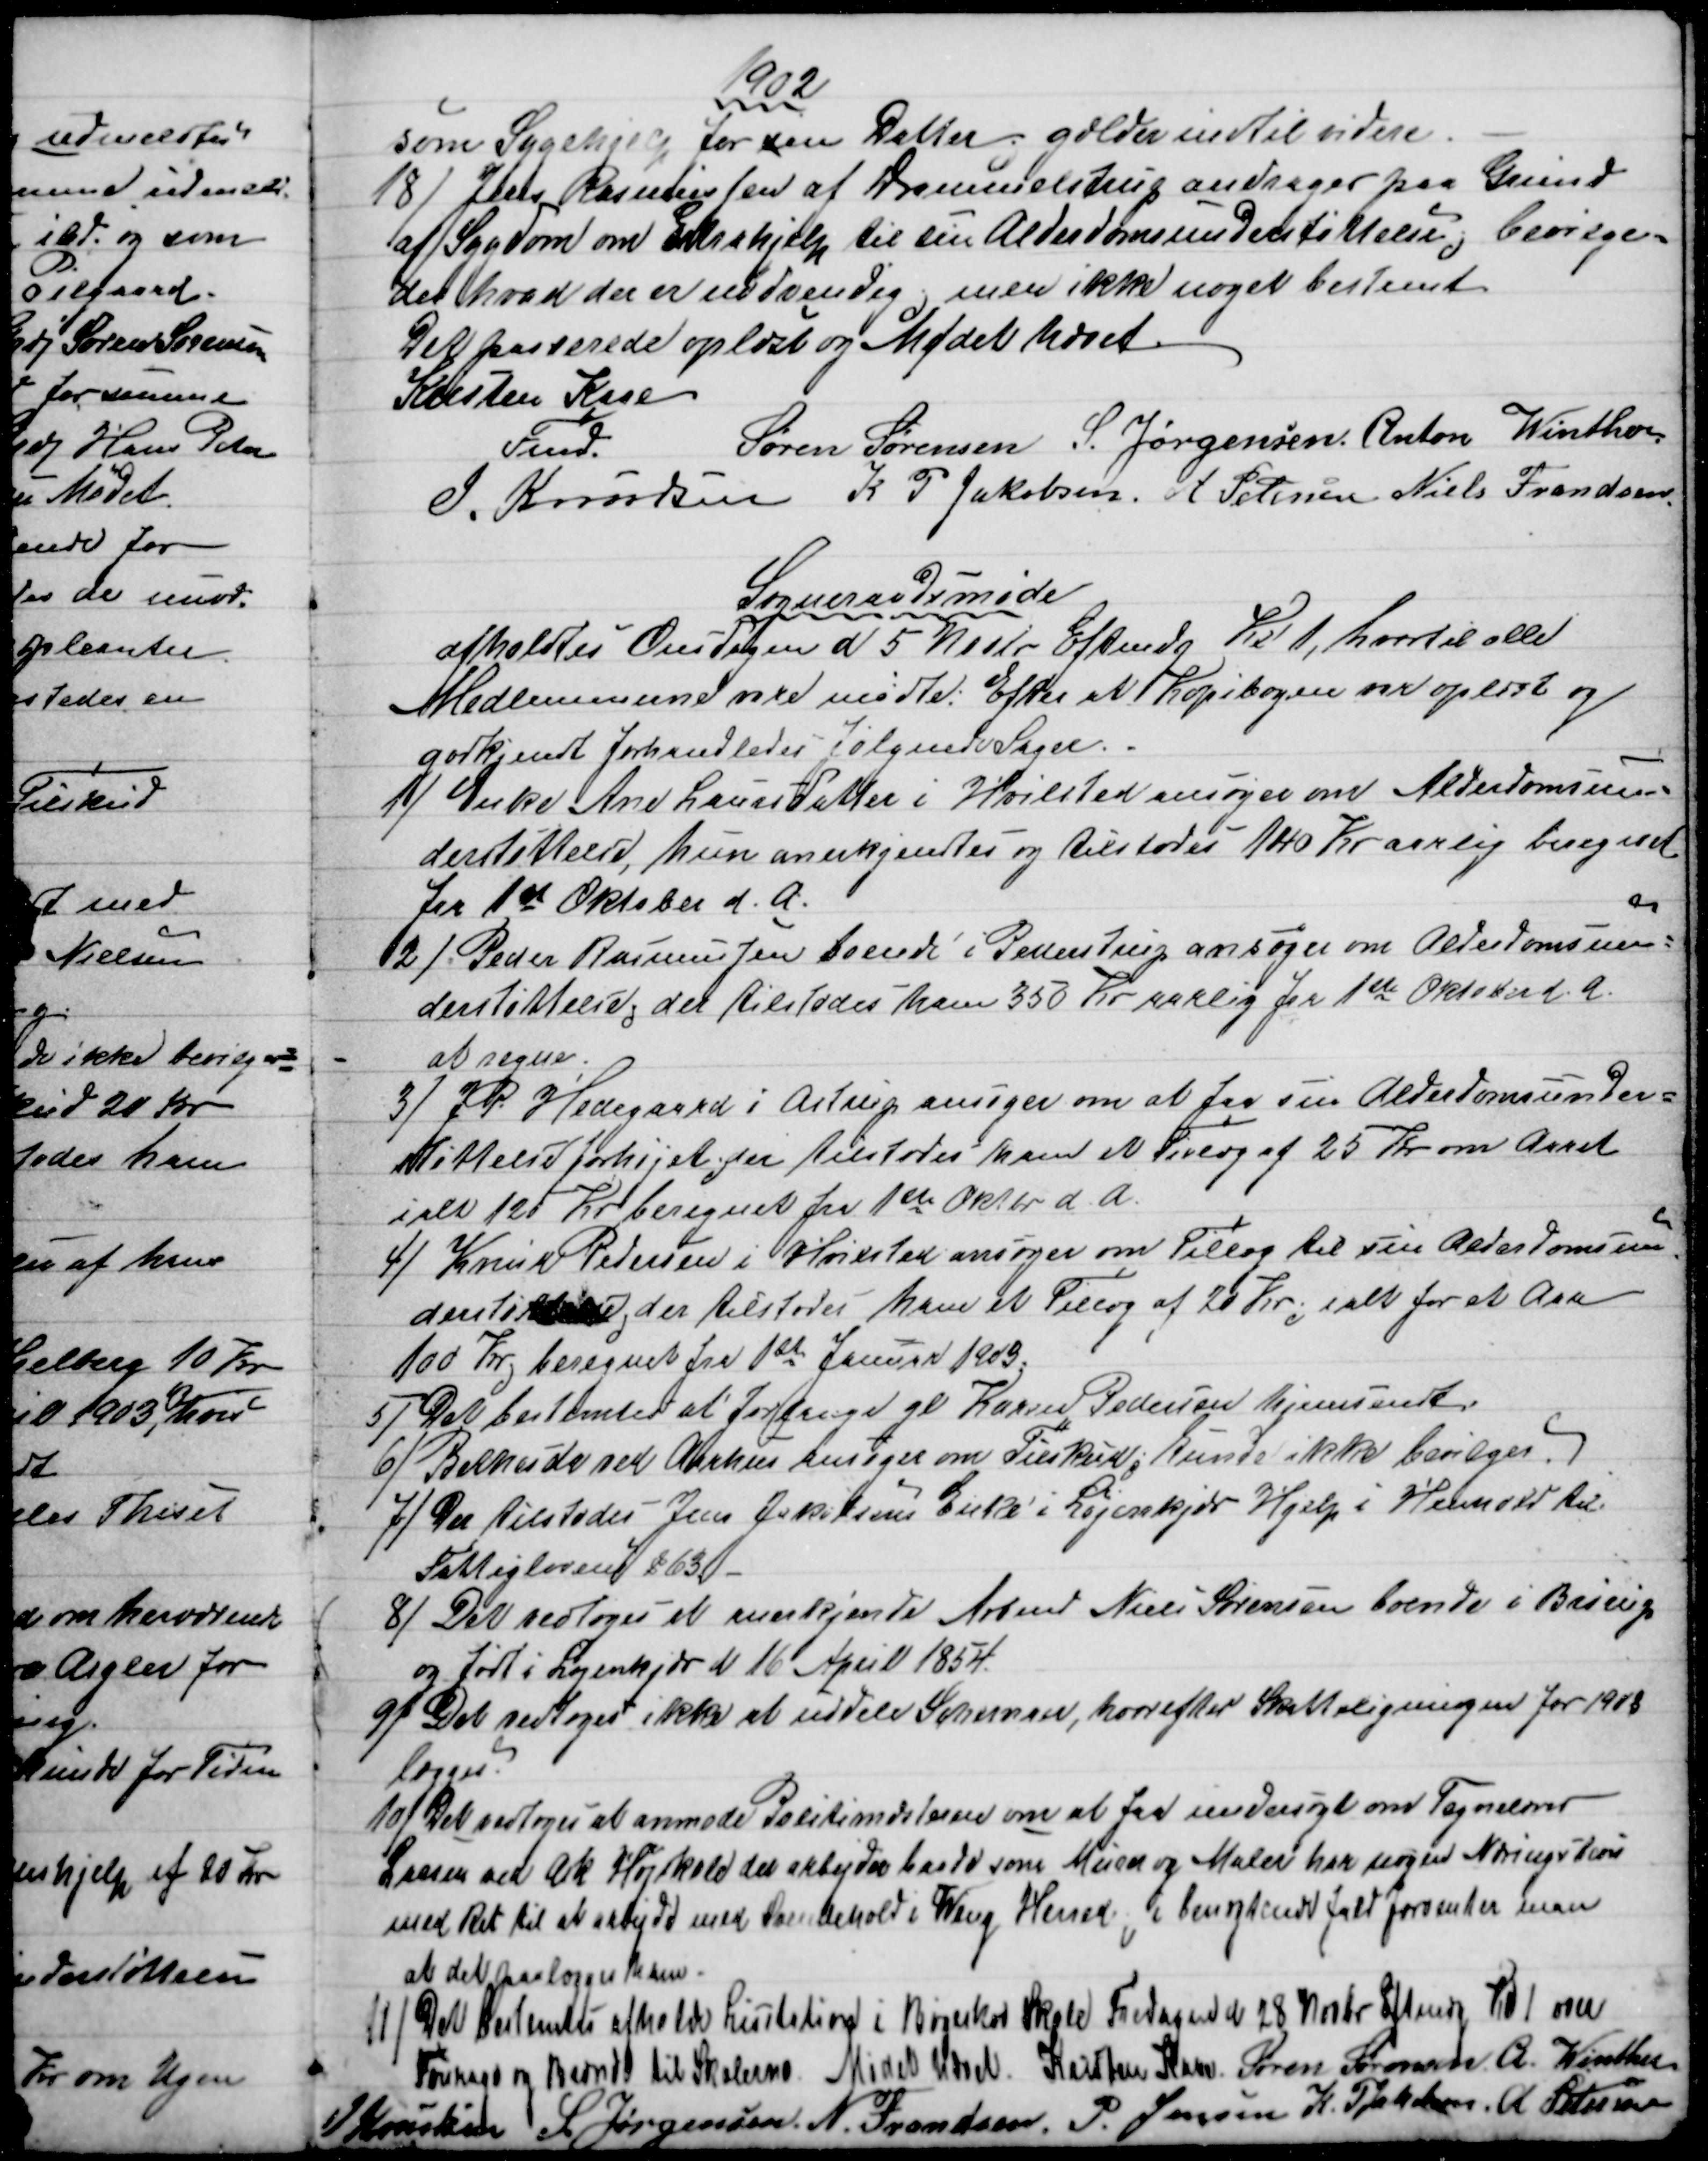
Transskription:
1902
som Sygehjelp for sin Datter, gælder indtil videre.
18) 
Jens Rasmussen af Drammelstrup andrager paa Grund
af Sygdom om Ekstrahjælp til sin Alderdomsunderstøttelse, bevilge=
des hvad der er nødvendig, men ikke noget bestemt
Det passerede oplæst og Mødet hævet.
Kristen Kaae 
Fmd.
Søren Sørensen S. Jørgensen Anton Winther.
J. Knudsen K P Jakobsen A Petersen Niels Frandsen
Sogneraadsmøde
afholdtes Onsdagen d. 5. Novbr. Eftmdg Kl 1, hvortil alle
Medlemmerne vare mødte: Efter at Kopibogen var oplæst og
godkjendt forhandledes følgende Sager.
1) 
Enke Ane Laursdatter i Hvilsted ansøger om Alderdomsun=
derstøttelse, hun anerkjendtes og tilstodes 140 Kr aarlig beregnet
for 1st Oktober d. A.
2) 
Peder Rasmussen boende i Pederstrup ansøger om Alderdomsun=
derstøttelse, der tilstodes ham 350 Kr aarlig fra 1st Oktober d. A.
at regne.
3) 
J.P. Hedegaard i Astrup ansøger om at faa sin Alderdomsunder=
støttelse forhøjet, der tilstodes ham et Tillæg af 25 Kr om Aaret
ialt 125 Kr beregnet fra 1ste Oktbr d. A.
4) 
Knud Pedersen i Hvilsted ansøger om Tillæg til sin Alderdomsun
=
derstøttelse, der tilstodes ham et Tillæg af 20 Kr, ialt for et Aar
100 Kr, beregnet fra 1st Januar 1903.
5) 
Det bestemtes at forlange gl Karen Pedersen hjemsendt.
6) 
Bethesda ved Aarhus ansøger om Tilskud; kunde ikke bevilges.
7) 
Der tilstodes Jens Jakobsens Enke i Løjenkjær Hjelp i Henhold til
Fattiglovens §63
8) 
Det vedtoges at anerkjende Arbmd Niels Sørensen boende i Brørup
og født i Løjenkjær d 16 April 1854.
9) 
Det vedtoges ikke at uddele Schemaer, hvorefter Skatteligningen for 1903
lægges.
10) 
Det vedtoges at anmode Politimesteren om at faa undersøgt om Tegnelærer
Lassen ved Ask Højskole der arbejder baade som Murer og Maler har nogen Næringsbevis
med Ret til at arbejde med Svendehold i Ning Herred; i benægtende fald forventer man
at det paalægges ham.
11)
Det bestemtes afholde Lisitation i Bøgeskov Skole Fredagen d 28 Novbr Eftmdg  kl 1 over
Fourage og Brænde til Skolerne. Mødet hævet. Kristen Kaae Søren Sørensen A. Winther
J Knudsen S Jørgensen N. Frandsen P. Jensen K.P Jakobsen, A. Petersen